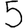
Digit: 5